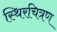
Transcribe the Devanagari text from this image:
स्थिरचित्रण